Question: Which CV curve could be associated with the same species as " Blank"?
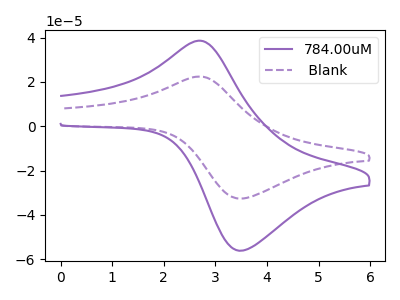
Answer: <think>The purple curve "784.00uM" has an anodic peak at (2.65V, 38.55uA) and a cathodic peak at (3.50V, -56.10uA). The purple dashed curve " Blank" has an anodic peak at (2.65V, 22.40uA) and a cathodic peak at (3.50V, -32.60uA).
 All the peaks in "784.00uM" have a peak in " Blank" at the same potential. Every peak in "784.00uM" is higher than every peak in " Blank".</think>
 <answer>The CV with the most similar shape to "784.00uM" is " Blank".</answer>
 <eval>" Blank"</eval>